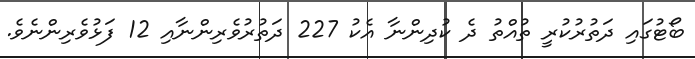
ބޯޓުގައި ދަތުރުކުރީ ތުއްތު ދެ ކުދިންނާ އެކު 227 ދަތުރުވެރިންނާއި 12 ފަޅުވެރިންނެވެ.